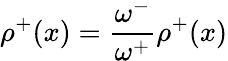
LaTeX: {\rho^{+}}(x)=\frac{\omega^{-}}{\omega^{+}}\rho^{+}(x)